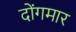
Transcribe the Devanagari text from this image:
दोंगमार